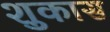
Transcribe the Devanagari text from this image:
शुकास